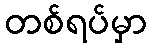
တစ်ရပ်မှာ